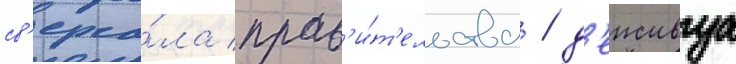
св'ерга́ла прав'и́т'ельства / д'еиствуа